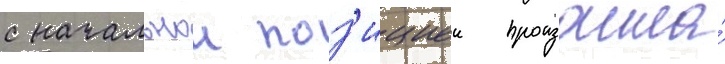
с начальнои поз'ициеи произошла́